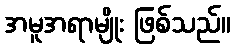
အမူအရာမျိုး ဖြစ်သည်။